Annual report on the working of the lock hospitals in the Central Provinces
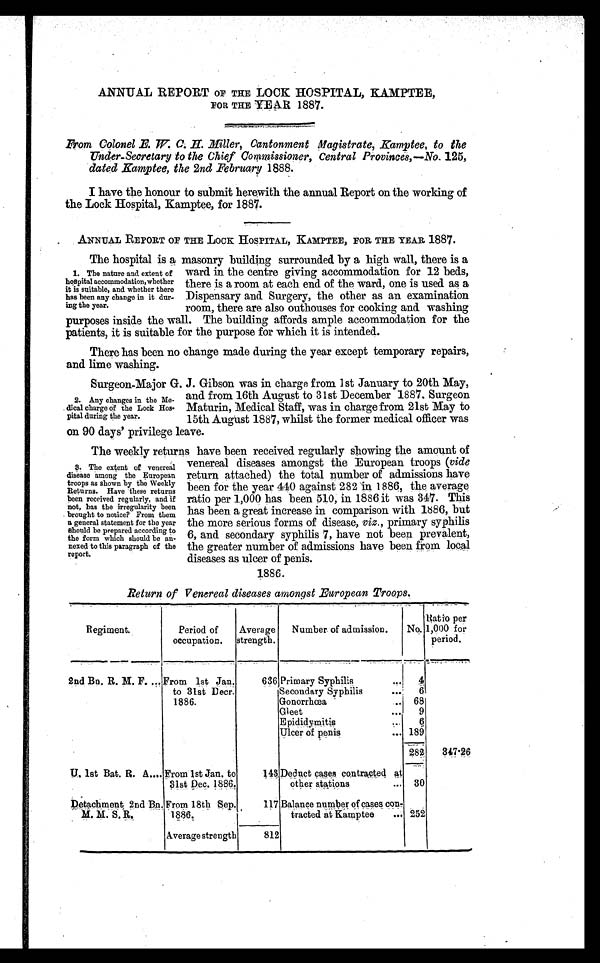
ANNUAL REPORT OF THE LOCK HOSPITAL, KAMPTEE,
FOR THE YEAR 1887.
F r o m C o l o n e l
E . W . C . H .
M i l l e r , C a n t o n m e n t M a g i s t r a t e , K a m p t e e , t o t h e
Under-Secretary to the Chief Commissioner, Central Provinces,—No. 125,
dated Kamptee, the 2nd February 1888.
I have the honour to submit herewith the, annual Report on the working of
the Lock Hospital, Kamptee, for 1887.
ANNUAL REPORT OF THE LOCK. HOSPITAL, KAMPTEE, FOR THE YEAR 1887.
The hospital is a masonry building surrounded by a high wall, there is a
ward in the centre giving accommodation for 12 beds,
there is a room at each end of the ward, one is used as a
Dispensary and. Surgery, the other as an examination
room, there are also outhouses for cooking and. washing
purposes inside the wall. The building affords ample accommodation for the
patients, it is suitable for the purpose for which it is intended.
There has been no change made during the year except temporary repairs,
and lime washing.
Surgeon-MajorG. J . Gibson was in charge from 1st January to 20th May,
and from 16th August to 31st December 1887. Surgeon
Maturin, Medical Staff, was in charge from 21st May to
15th. August 1887, whilst the former medical officer was
on 90 days' privilege leave.
The weekly returns have been received regularly showing the amount of
venereal diseases amongst the European troops (vide
return attached) the total number of admissions have
been for the year 440 against 282 In 1886, the average
ratio per 1,000 has been 510, in 1886 it was 347. This
has been a great increase in comparison with 1886, but
the more serious forms of disease, viz., primary syphilis
6, and secondary syphilis 7 , have not been prevalent,
the greater number of admissions have been from local
diseases as ulcer of penis.
1886.
Return of Venereal diseases amongst European Troops.
Regiment.
Period of
occupation.
Average
strength.
Number of admission.
No.
Ratio per
1,000 for
period.
2nd Bn. R. M. F. ... From 1st Jan.
to 31st Decr.
1886.
636 Primary Syphilis
...
4
Secondary Syphilis
...
6
Gonorrhœa
... 68
Gleet
...
9
Epididymitis
...
6
Ulcer of penis
... 189
282
3 4 7 · 2 6
U. 1st Bat. R. A ... From 1st Jan. to
31st Dec. 1886.
148. Deduct cases contracted
at other stations
... 30
Detachment 2nd Bn.
M. M. S. R.
From 18th Sep.
1886.
117 Balance number of cases con-
tracted at Kamptee ... 252
Average strength
812
1. The nature and extent of
hospital accommodation, whether
it is suitable, and whether there
has been any change in it dur-
ing the year.
2. Any changes in the Me-
. dical charge of the Lock Hos-
pital during the year.
3. The extent of venereal
disease among the European
troops as shown by the Weekly
Returns. Have these returns
been received regularly, and if
not, has the irregularity been
. brought to notice? From them
a general statement for the year
should be prepared according to
the form which should be an-
nexed to this paragraph of the
report.